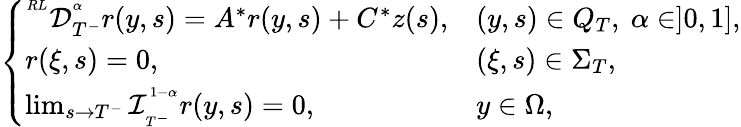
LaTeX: \left\{ \begin{array}{llll}{^{^{RL}}\mathcal{D}_{T^{-}}^{^\alpha}r(y,s)=A^{*}r(y,s)+C^{*}z(s),}&{(y,s)\in Q_{T},\ \alpha\in]0,1],}\\ {r(\xi,s)=0,}&{(\xi,s)\in\Sigma_{T},}\\ {\operatorname*{lim}_{s\rightarrow T^{-}}\mathcal{I}_{_{T^{-}}}^{^{1-\alpha}}r(y,s)=0,}&{y\in\Omega,}\end{array}\right.